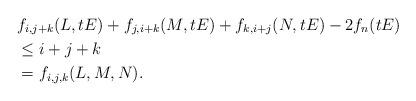
LaTeX: \begin{align*} &f_{i,j+k}(L,tE) + f_{j,i+k}(M,tE) + f_{k,i+j}(N,tE) - 2f_n(tE) \\ &\leq i + j + k \\ &= f_{i,j,k}(L,M,N). \end{align*}